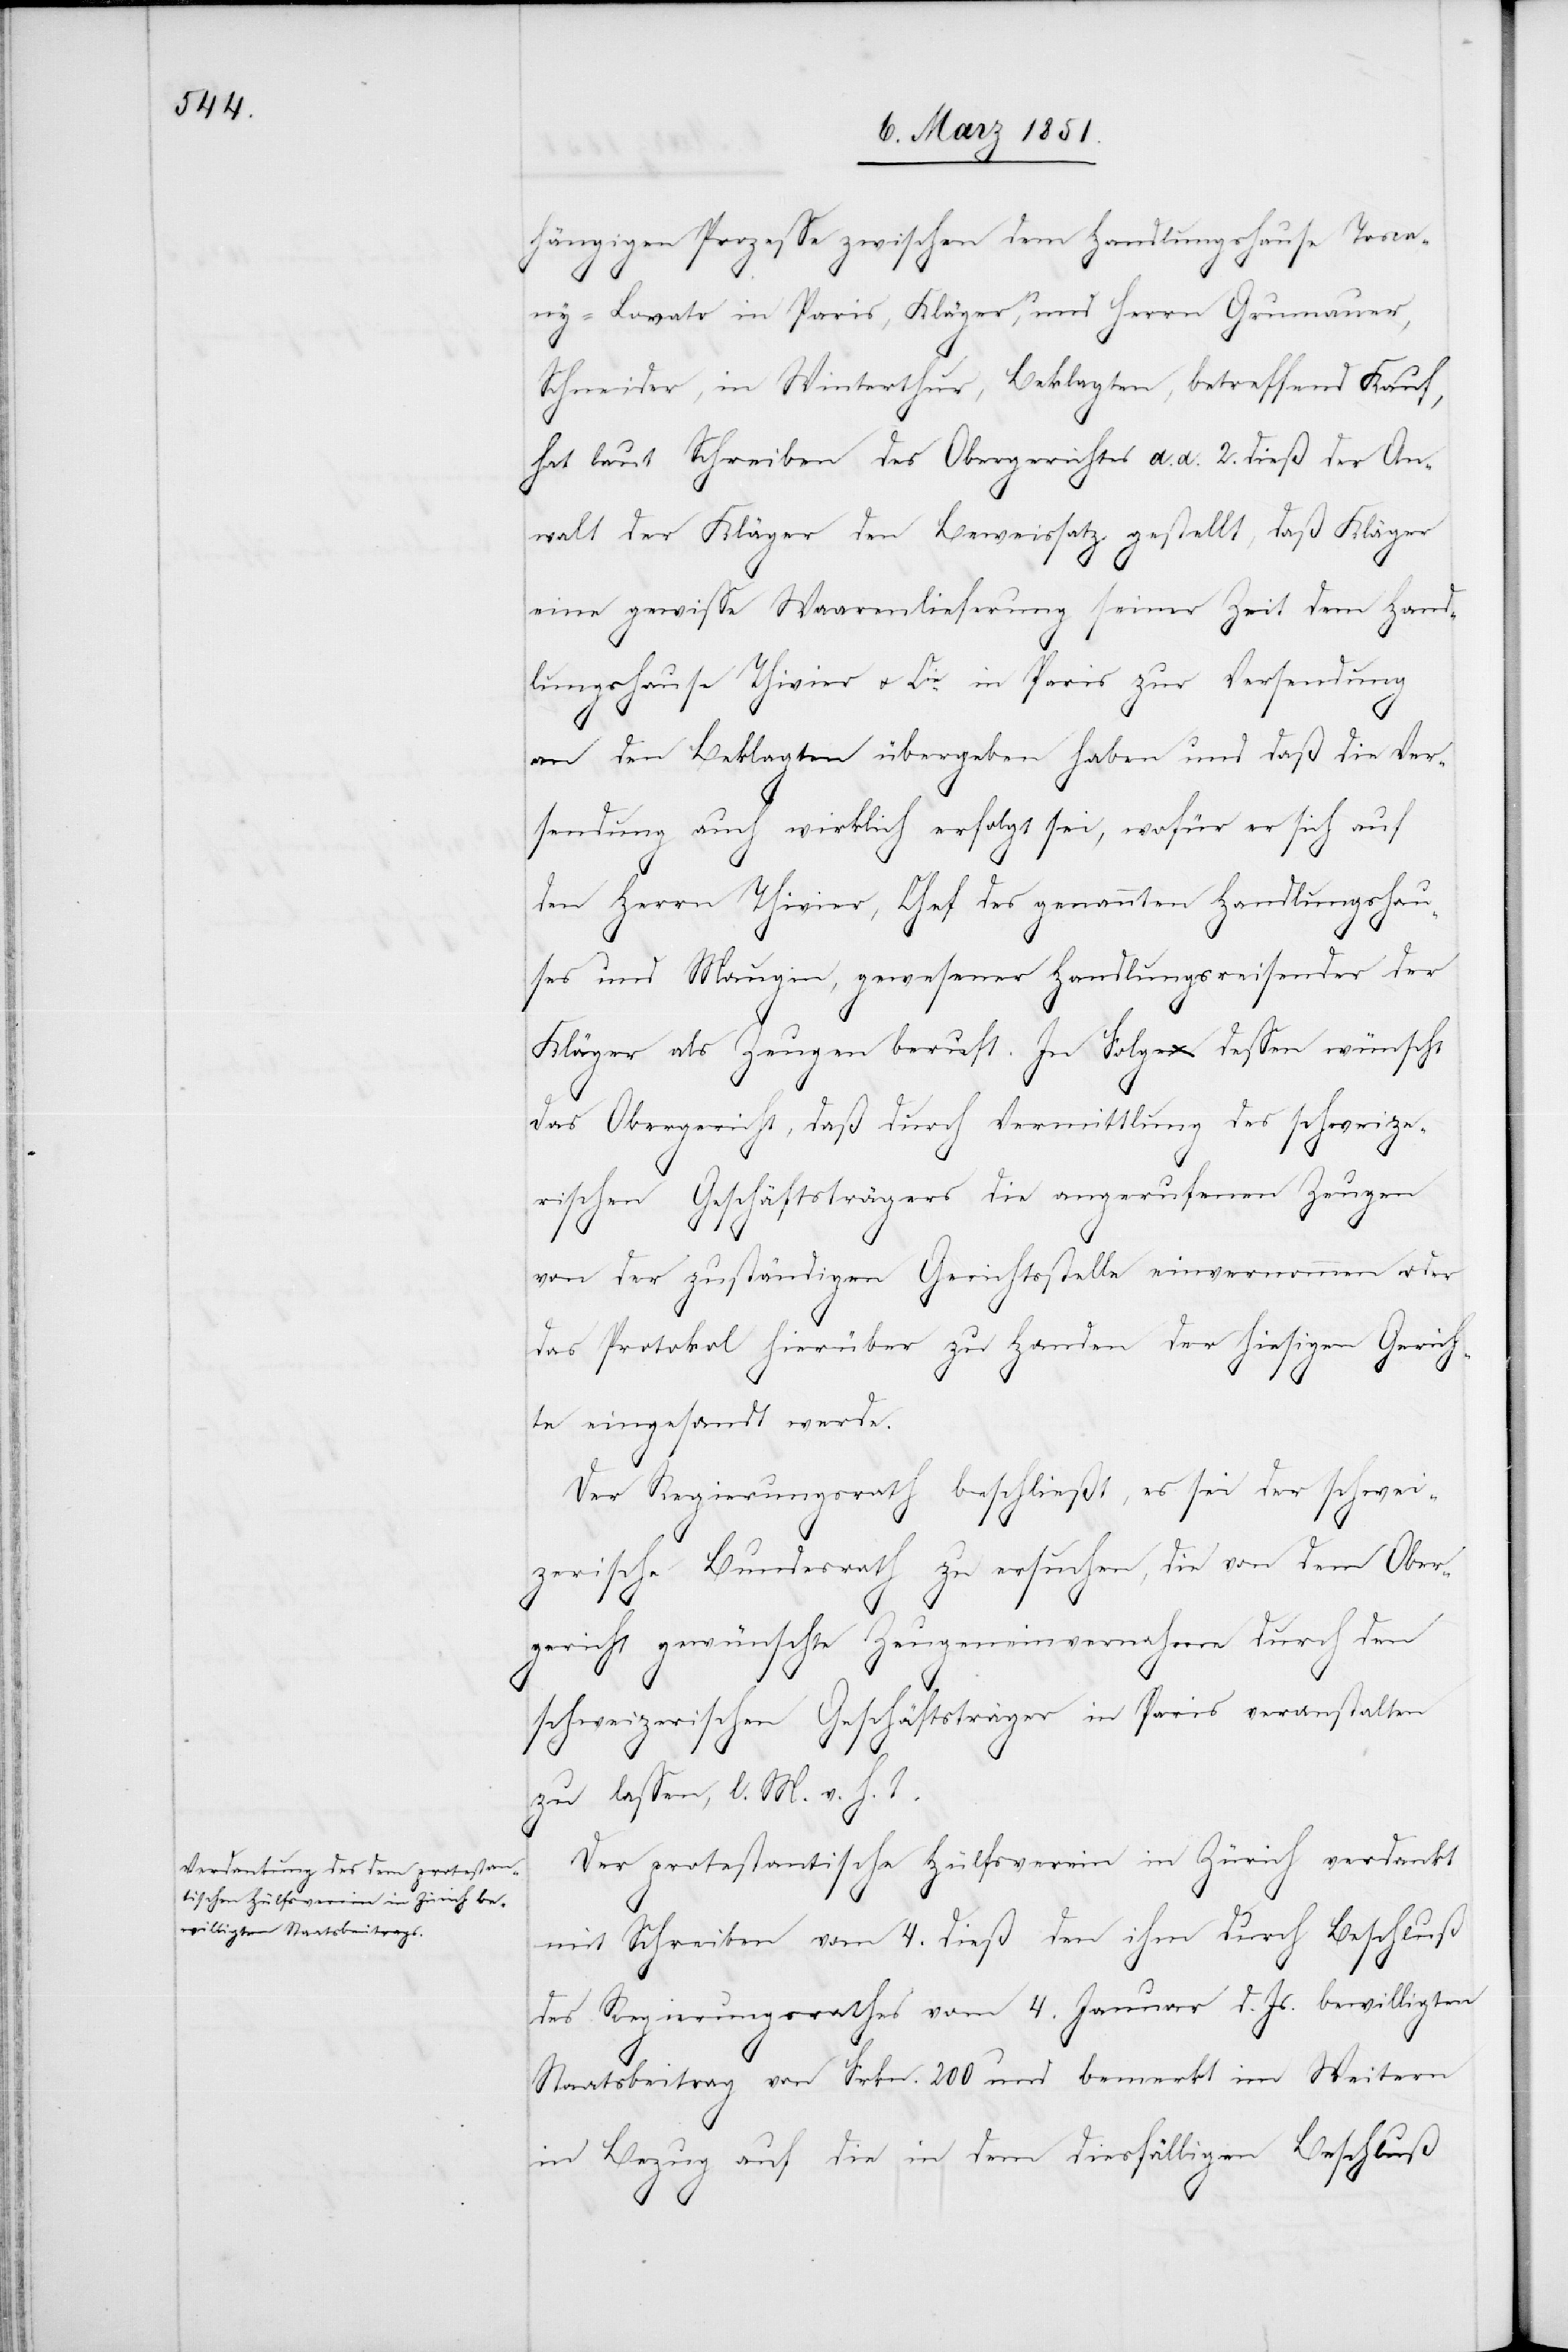
hängigen Prozesse zwischen dem Handlungshause Tosca¬
ny-Lovato in Paris, Kläger, und Herrn Grumauer,
Schneider, in Winterthur, Beklagten, betreffend Kauf,
hat laut Schreiben des Obergerichtes d. d. 2. dieß der An¬
walt der Kläger den Beweissatz gestellt, daß Kläger
eine gewisse Waarenlieferung seiner Zeit dem Hand¬
lungshause Thivier u. Cie. in Paris zur Versendung
an den Beklagten übergeben haben und daß die Ver¬
sendung auch wirklich erfolgt sei, wofür er sich auf
den Herrn Thivier, Chef des genannten Handlungshau¬
ses und Maugin, gewesener Handlungsreisender der
Kläger als Zeugen beruft. In Folge dessen wünscht
das Obergericht, daß durch Vermittlung des schweize¬
rischen Geschäftsträgers die angerufenen Zeugen
von der zuständigen Gerichtsstelle einvernommen oder
das Protokol[l] hierüber zu Handen der hiesigen Gerich¬
te eingesandt werde.
Der Regierungsrath beschließt, es sei der schwei¬
zerische Bundesrath zu ersuchen, die von dem Ober¬
gericht gewünschte Zeugeneinvernahme durch den
schweizerischen Geschäftsträger in Paris veranstalten
zu lassen, l. M. v. h. T.
Der protestantische Hülfsverein in Zürich verdankt
mit Schreiben vom 4. dieß den ihm durch Beschluß
des Regierungsrathes vom 4. Januar d. Js. bewilligten
Staatsbeitrag von Frkn. 200 und bemerkt im Weitern
in Bezug auf die in dem diesfälligen Beschluß